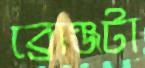
ব্রোঞ্জটা